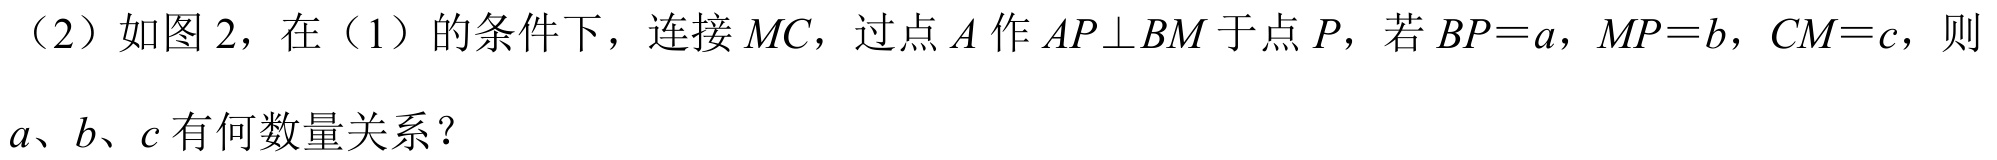
（2）如图 2，在（1）的条件下，连接 \(MC\)，过点 \(A\) 作 \(AP\perp BM\) 于点 \(P\)，若 \(BP = a\)，\(MP = b\)，\(CM = c\)，则
\(a\)、\(b\)、\(c\) 有何数量关系？